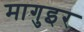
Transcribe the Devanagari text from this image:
मागुइर